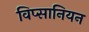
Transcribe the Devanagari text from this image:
विप्सानियन